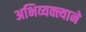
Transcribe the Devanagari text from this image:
अभिव्यक्त्याने